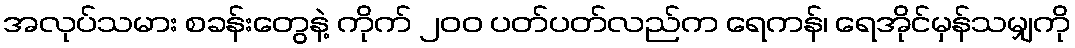
အလုပ်သမား စခန်းတွေနဲ့ ကိုက် ၂၀၀ ပတ်ပတ်လည်က ရေကန်၊ ရေအိုင်မှန်သမျှကို